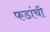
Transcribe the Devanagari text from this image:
फडांची